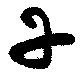
丹